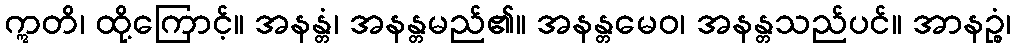
ဣတိ၊ ထို့ကြောင့်။ အနန္တံ၊ အနန္တမည်၏။ အနန္တမေဝ၊ အနန္တသည်ပင်။ အာနဉ္စံ၊